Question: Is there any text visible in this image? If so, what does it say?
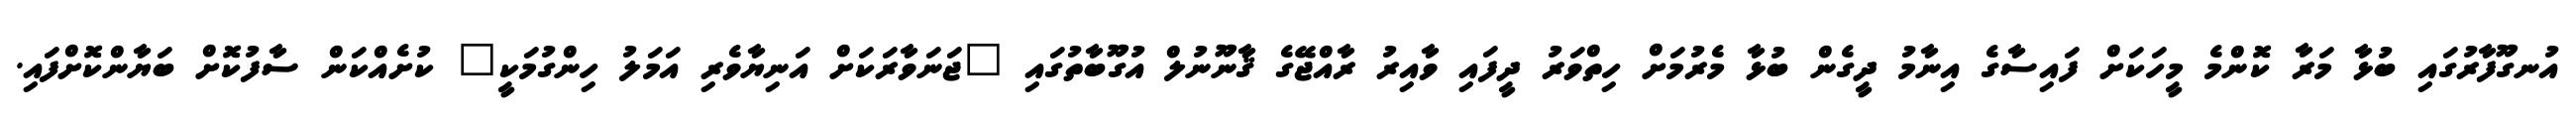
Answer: އުނގޫފާރުގައި ބުޅާ މަރާ ކޮންމެ މީހަކަށް ފައިސާގެ އިނާމު ދީގެން ބުޅާ މެރުމަށް ހިތްވަރު ދީފައި ވާއިރު ރާއްޖޭގެ ޤާނޫނުލް އުގޫބާތުގައި "ޖަނަވާރަކަށް އަނިޔާވެރި އަމަލު ހިންގުމަކީ" ކުށެއްކަން ސާފުކޮށް ބަޔާންކޮށްފައި.